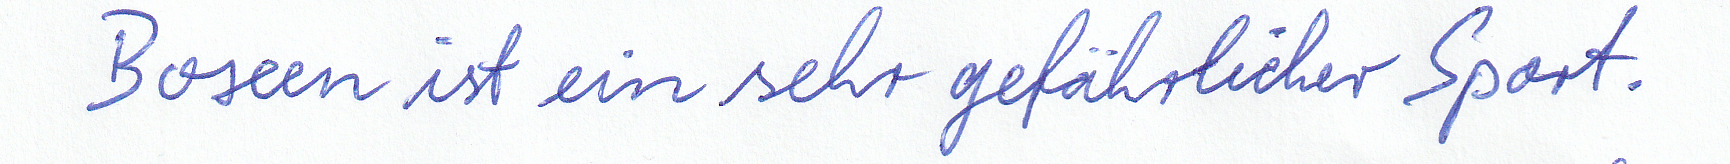
Boxen ist ein sehr gefährlicher Sport.